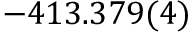
- 4 1 3 . 3 7 9 ( 4 )